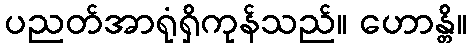
ပညတ်အာရုံရှိကုန်သည်။ ဟောန္တိ။